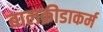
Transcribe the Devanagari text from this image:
बालक्रीडाकर्म